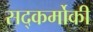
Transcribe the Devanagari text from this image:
सद्कर्मोकी